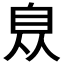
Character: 𦤈